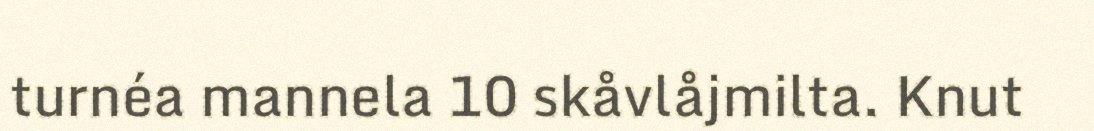
turnéa mannela 10 skåvlåjmilta. Knut